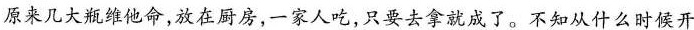
原来几大瓶维他命,放在厨房，一家人吃，只要去拿就成了。不知从什么时候开